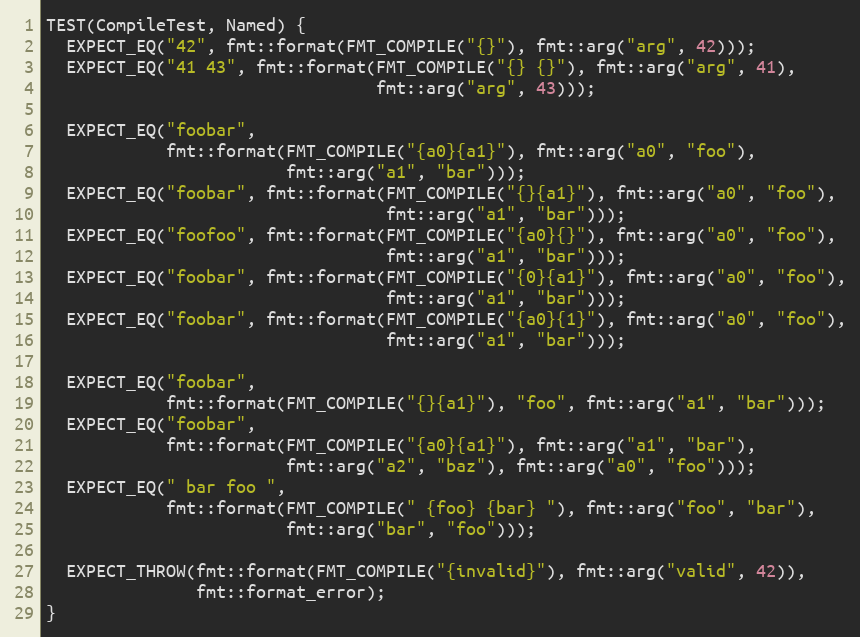
Language: C++
TEST(CompileTest, Named) {
  EXPECT_EQ("42", fmt::format(FMT_COMPILE("{}"), fmt::arg("arg", 42)));
  EXPECT_EQ("41 43", fmt::format(FMT_COMPILE("{} {}"), fmt::arg("arg", 41),
                                 fmt::arg("arg", 43)));

  EXPECT_EQ("foobar",
            fmt::format(FMT_COMPILE("{a0}{a1}"), fmt::arg("a0", "foo"),
                        fmt::arg("a1", "bar")));
  EXPECT_EQ("foobar", fmt::format(FMT_COMPILE("{}{a1}"), fmt::arg("a0", "foo"),
                                  fmt::arg("a1", "bar")));
  EXPECT_EQ("foofoo", fmt::format(FMT_COMPILE("{a0}{}"), fmt::arg("a0", "foo"),
                                  fmt::arg("a1", "bar")));
  EXPECT_EQ("foobar", fmt::format(FMT_COMPILE("{0}{a1}"), fmt::arg("a0", "foo"),
                                  fmt::arg("a1", "bar")));
  EXPECT_EQ("foobar", fmt::format(FMT_COMPILE("{a0}{1}"), fmt::arg("a0", "foo"),
                                  fmt::arg("a1", "bar")));

  EXPECT_EQ("foobar",
            fmt::format(FMT_COMPILE("{}{a1}"), "foo", fmt::arg("a1", "bar")));
  EXPECT_EQ("foobar",
            fmt::format(FMT_COMPILE("{a0}{a1}"), fmt::arg("a1", "bar"),
                        fmt::arg("a2", "baz"), fmt::arg("a0", "foo")));
  EXPECT_EQ(" bar foo ",
            fmt::format(FMT_COMPILE(" {foo} {bar} "), fmt::arg("foo", "bar"),
                        fmt::arg("bar", "foo")));

  EXPECT_THROW(fmt::format(FMT_COMPILE("{invalid}"), fmt::arg("valid", 42)),
               fmt::format_error);
}